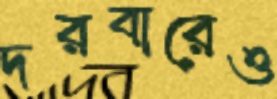
দরবারেও